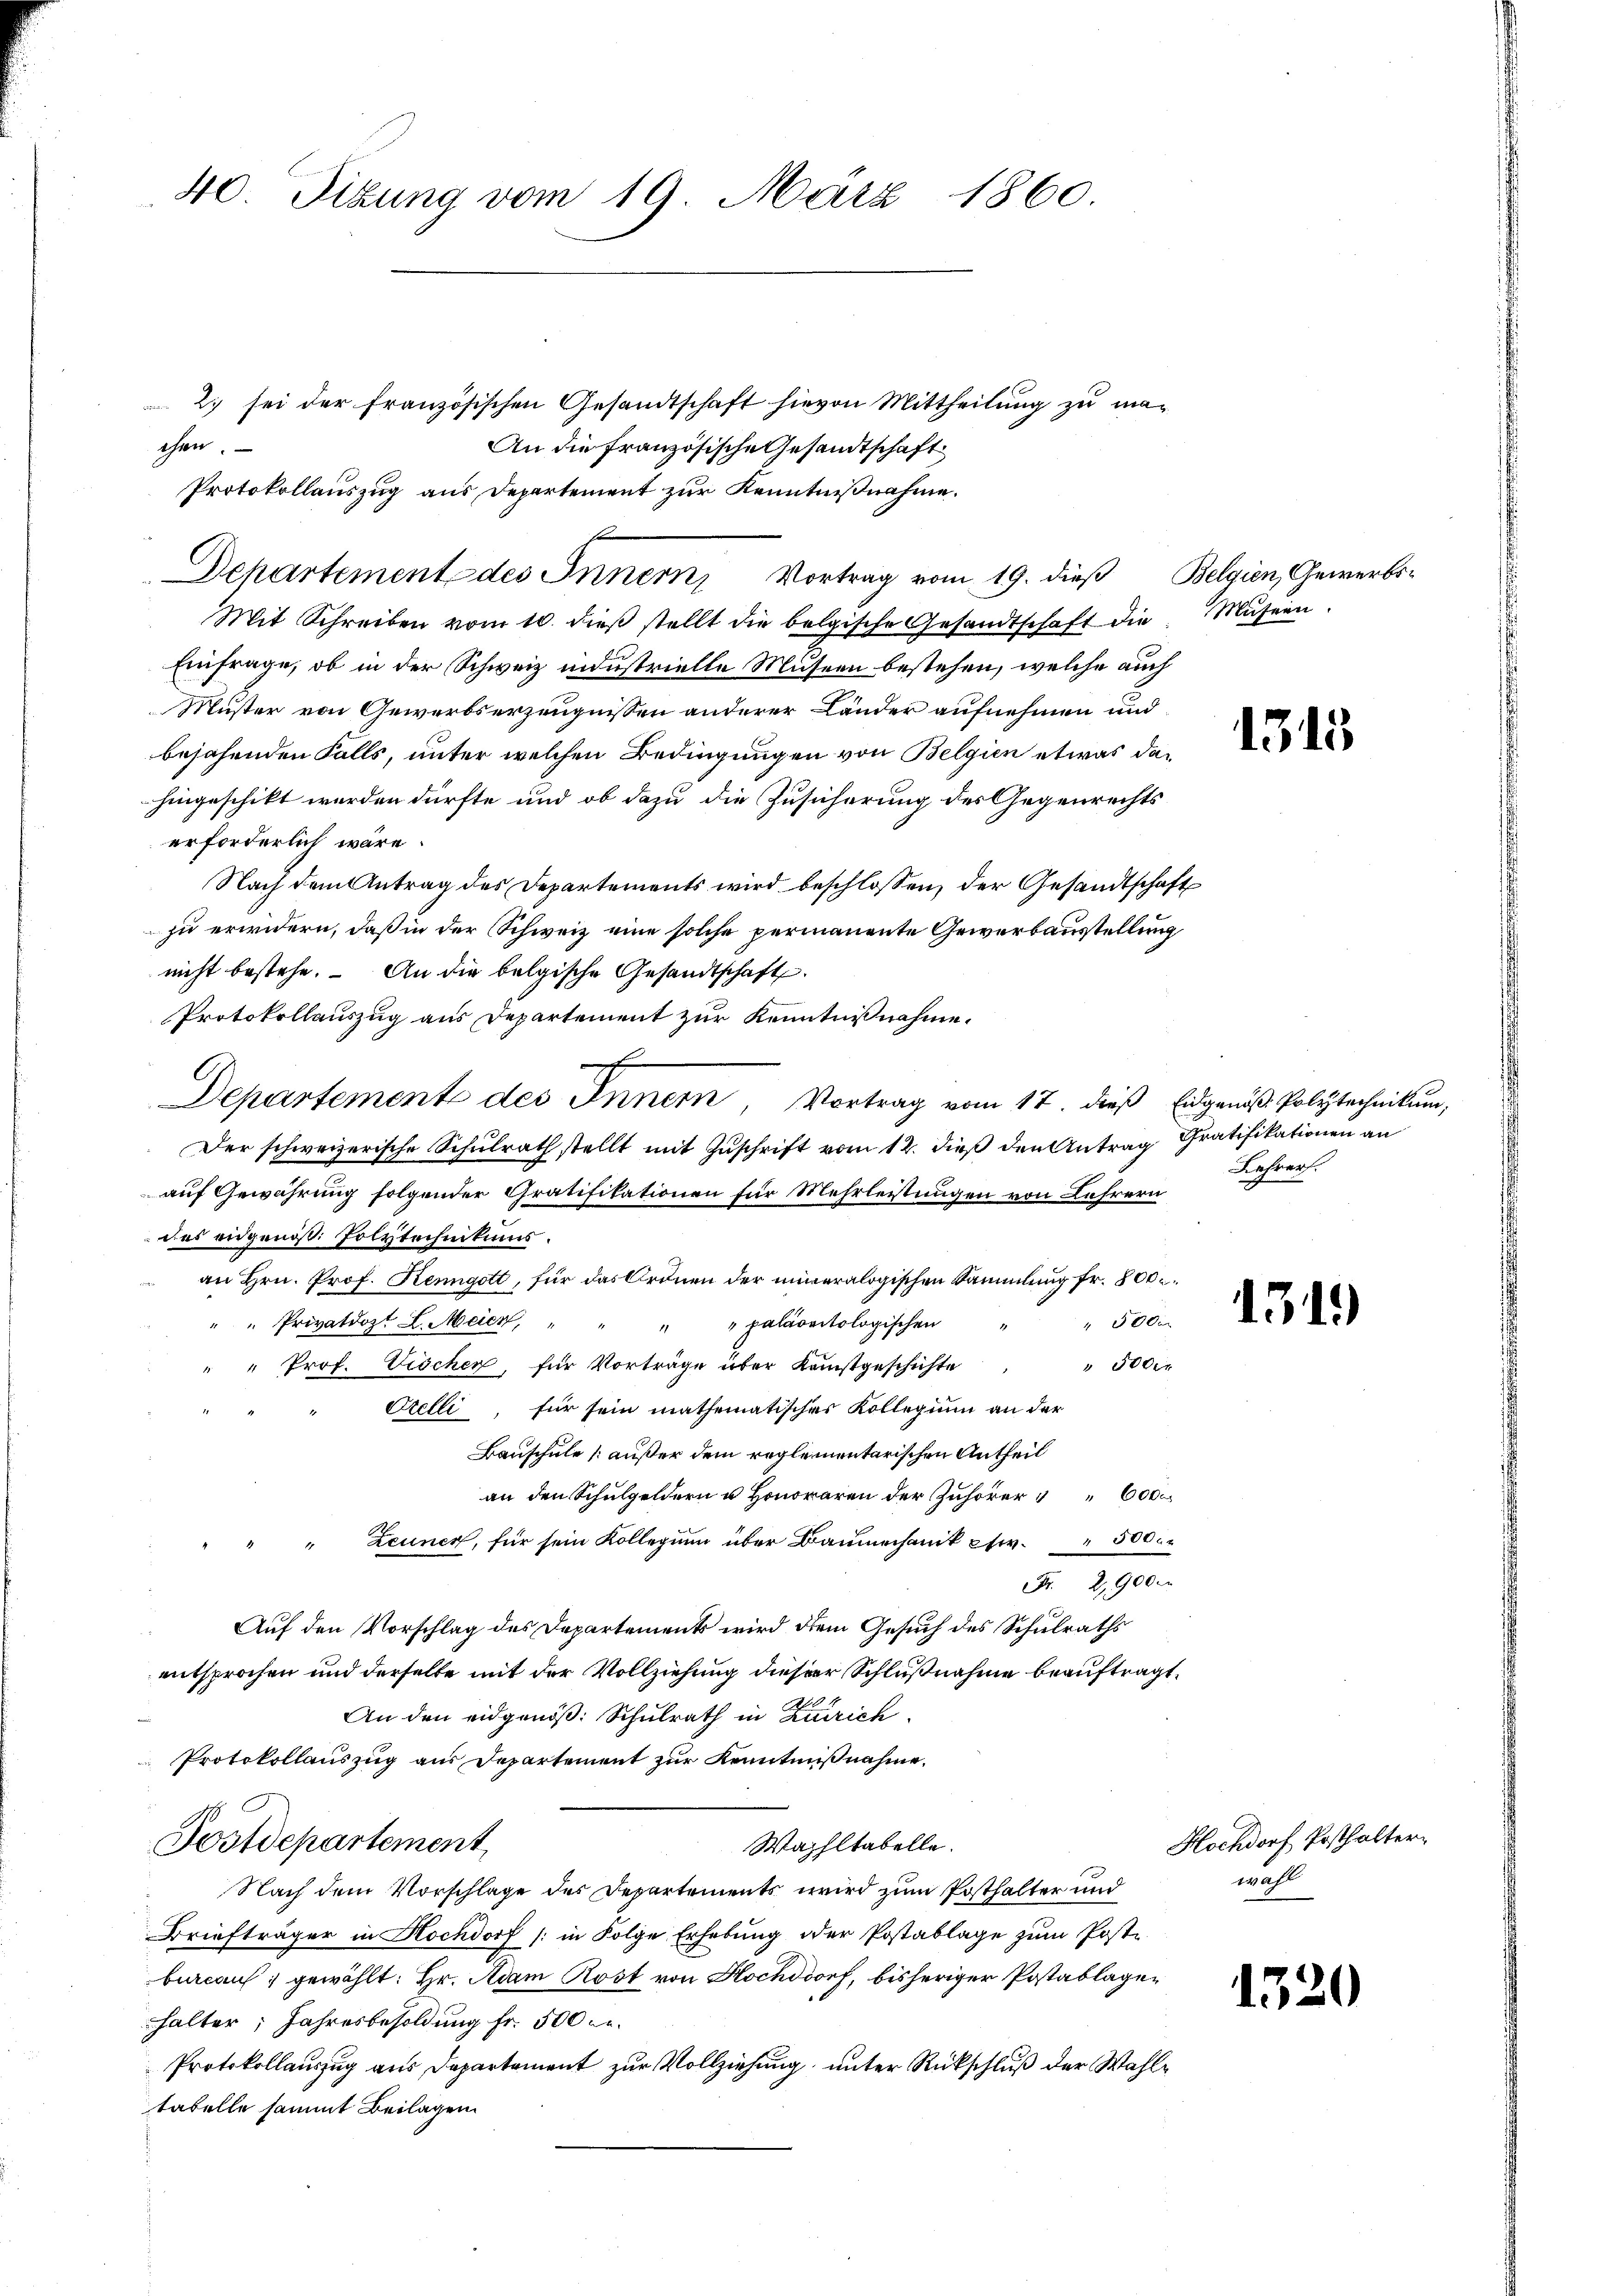
40. Sitzung vom 19. März 1860.

2) sei der französischen Gesandtschaft hievon Mittheilung zu maehren.
An die französische Gesandtschaft
Protokollauszug aus Departement zur Kenntnißnahme.
Mit Schreiben vom 10. dieβ stellt die belgische Gesandtschaft die Museen.
Einfrage, ob in der Schweiz industrielle Museen bestehen, welche auch
Muster von Gewerbserzeugnissen anderer Länder aufnehmen und
bejahenden Falls, unter welchen Bedingungen von Belgien etwas dahingeschikt werden dürfte und ob dazu die Zusicherung des Gegenrechts
erforderlich wäre.
Nach dem Antrag des Departements wird beschlossen, der Gesandtschaft
zu erwidern, daß in der Schweiz eine solche permanente Gewerbausstellung
nicht bestehe. An die belgische Gesandtschaft
Protokollauszug aus Departement zur Kenntnißnahme.
Der schweizerische Schulrath stellt mit Zuschrift vom 12. dieß den Antrag Gratifikationen an
auf Gewährung folgender Gratifikationen für Mehrleistungen von Lehrern
des eidgeniß: Polytechnikums.
 an Hrn. Prof. Rengott, für das Ordnen der inneralogischen Sammlung fr. 800
50 0
" " Privatdozt L. Meier, "
" " paläontologischen
" Prof. Vischer, für Vorträge über Kunstgeschichte " " 500 r
Frelli für sein mathematisches Kollegium an der
Bauschule außer dem reglementarischen Antheil
an den Schulgeldern u. Honoraren der Zuhörer 6000
" " Zeuner, für sein Kollegium über Baumechanik etwa 500.
Fr. 2900
Auf den Vorschlag des Departements wird dem Gesuch des Schulraths
entsprochen und derselbe mit der Vollziehung dieser Schlußnahme beauftragt,
An den eidgenöß: Schulrath in Zürich
Protokollauszug aus Departement zur Kenntnißnahme.
Postdepartement
Wahhltabelle.
Nach dem Vorschlage des Departements wird zum Posthalter und
Briefträger in Hochdorf (in Folge Erhebung oder Postablage zŭm Poste
bureau gewählt: Hr. Adam Rost von Hochdorf, bisheriger Postablagehalter; Jahresbesoldung fr. 500 Fr.
Protokollauszug aus Departement zur Vollziehung, unter Rückschluß der Wahltabelle sammt Beilagen.

C

Departement des Innern, Vortrag vom 19. dieß Belgien, Gewerbs¬

Departemente des Innern, Vortrag vom 17. dieß Eidgenöß Polytechnikum,

1315

Lehrer.

1319)

Hochdorf Posthalter
wahl

135

¬